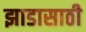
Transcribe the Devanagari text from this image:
झाडासाठी